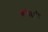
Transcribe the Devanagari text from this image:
करीहारी